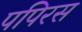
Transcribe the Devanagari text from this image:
पपिरस